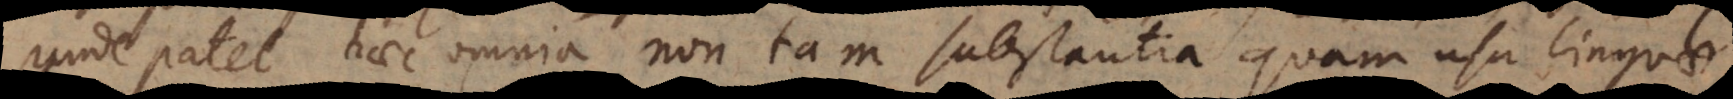
Unde patet haec omnia non tam substantia quam usu linguae